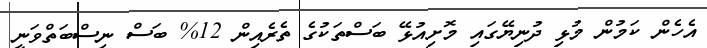
އެހެން ކަމުން މުޅި ދުނިޔޭގައި މޮށިއުޅޭ ބަސްތަކުގެ ތެރެއިން 12% ބަސް ނިސްބަތްވަނީ